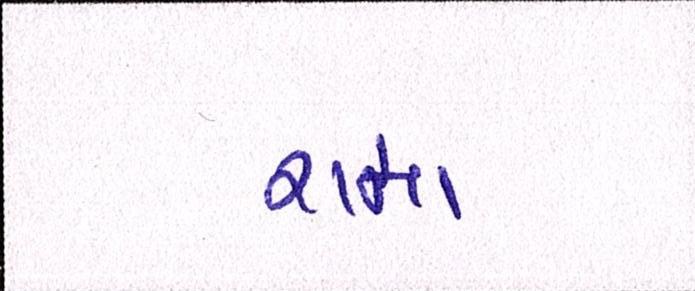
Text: રામા